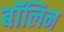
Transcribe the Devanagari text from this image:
बॉलिन